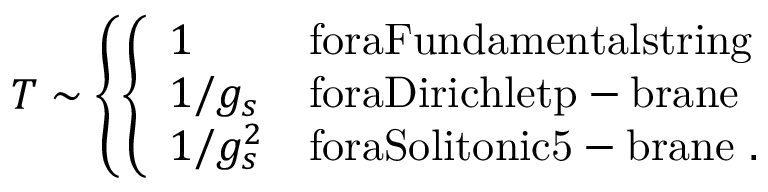
T \sim \left\{ \left\{ \begin{array} { l l } { { 1 } } & { { \mathrm { f o r a F u n d a m e n t a l s t r i n g } } } \\ { { 1 / g _ { s } } } & { { \mathrm { f o r a D i r i c h l e t p - b r a n e } } } \\ { { 1 / g _ { s } ^ { 2 } } } & { { \mathrm { f o r a S o l i t o n i c 5 - b r a n e } \ . } } \end{array} \right. \right.